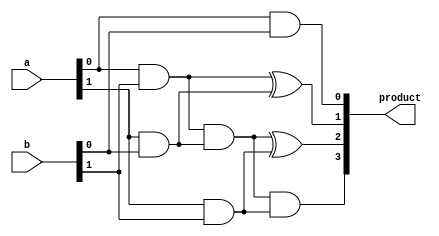
`timescale 1ns / 1ps
//////////////////////////////////////////////////////////////////////////////////
// Company: 
// Engineer: 
// 
// Design Name: 
// Module Name: Day12_Binarymultiplier
// Project Name: 
// Target Devices: 
// Tool Versions: 
// Description: 
// 
// Dependencies: 
// 
// Revision:
// Revision 0.01 - File Created
// Additional Comments:
// 
//////////////////////////////////////////////////////////////////////////////////


module binary_multiplier_2bit (
    input [1:0] a,
    input [1:0] b, 
    output [3:0] product 
);
    wire p0, p1, p2, p3;

    // Partial Products
    assign p0 = a[0] & b[0]; 
    assign p1 = a[0] & b[1];
    assign p2 = a[1] & b[0];
    assign p3 = a[1] & b[1]; 

    // Sum the partial products
    assign product[0] = p0;
    assign product[1] = p1 ^ p2;
    assign product[2] = (p1 & p2) ^ p3; 
    assign product[3] = (p1 & p2) & p3; 

endmodule